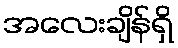
အလေးချိန်ရှိ